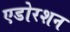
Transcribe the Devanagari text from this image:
एडोरशन